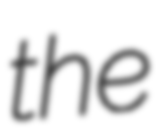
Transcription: the